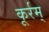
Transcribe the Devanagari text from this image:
कूर्रम्